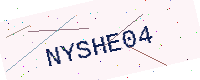
Text: NYSHE04